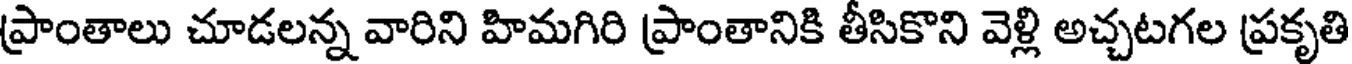
ప్రాంతాలు చూడలన్న వారిని హిమగిరి ప్రాంతానికి తీసికొని వెళ్లి అచ్చటగల ప్రకృతి